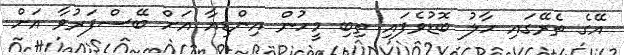
އޭގެ ތެރޭގައި ހާލު ބޮޑުވެފައި ތިބި މީހުން އިންޑިއާ އަށް ބޭސްފަރުވާ އަށް